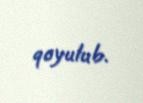
qoyulub.